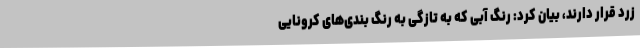
زرد قرار دارند، بیان کرد: رنگ آبی که به تازگی به رنگ بندی‌های کرونایی